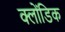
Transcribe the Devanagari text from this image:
क्लोंडिक